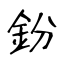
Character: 鈖